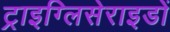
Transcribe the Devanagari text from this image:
ट्राइग्लिसेराइडों